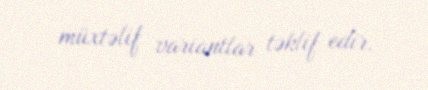
müxtəlif variantlar təklif edir.